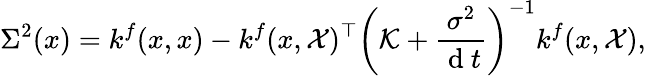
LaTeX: \Sigma^{2}(x)=k^{f}(x,x)-k^{f}(x,\mathcal{X})^{\top}\left(\mathcal{K}+\frac{{\sigma}^{2}}{\mathrm{~d~}t}\right)^{-1}k^{f}(x,\mathcal{X}),